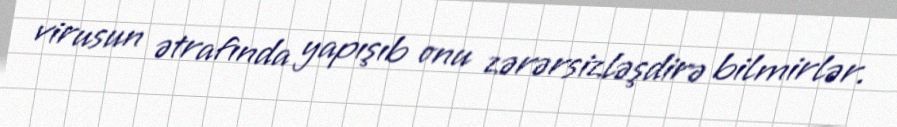
virusun ətrafında yapışıb onu zərərsizləşdirə bilmirlər.